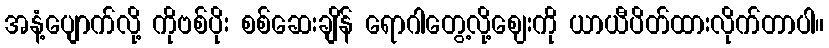
အနံ့ပျောက်လို့ ကိုဗစ်ပိုး စစ်ဆေးချိန် ရောဂါတွေ့လို့ဈေးကို ယာယီပိတ်ထားလိုက်တာပါ။